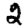
Digit: 2